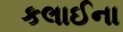
કલાઈના